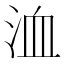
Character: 洫